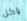
ياكل